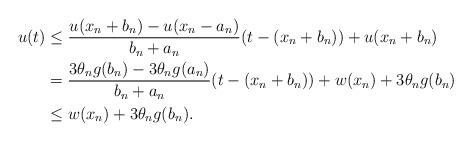
LaTeX: \begin{align*}u(t) &\leq \frac{u(x_n + b_n) - u(x_n - a_n)}{b_n + a_n} (t- (x_n + b_n)) + u(x_n + b_n)\\& = \frac{3 \theta_n g (b_n) - 3 \theta_n g (a_n)}{b_n + a_n}(t- (x_n + b_n)) + w(x_n) + 3\theta_n g (b_n)\\& \leq w(x_n) + 3\theta_n g (b_n).\end{align*}